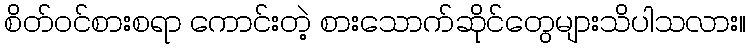
စိတ်ဝင်စားစရာ ကောင်းတဲ့ စားသောက်ဆိုင်တွေများသိပါသလား။